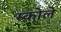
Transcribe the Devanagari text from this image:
स्कोले